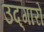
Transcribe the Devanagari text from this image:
उद्‌गारों